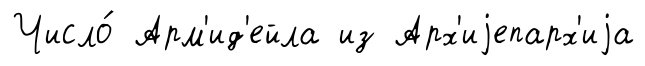
Число́ Арм'ид'ейла из Арх'иjепарх'иjа